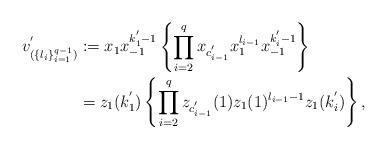
LaTeX: \begin{align*}\begin{aligned}v^{'}_{(\{l_i\}_{i=1}^{q-1})}&:=x_{1}x_{-1}^{k^{'}_1-1}\left\{\prod_{i=2}^{q}x_{c^{'}_{i-1}}x_{1}^{l_{i-1}}x_{-1}^{k^{'}_{i}-1}\right\}\\&=z_{1}(k^{'}_1)\left\{\prod_{i=2}^{q}z_{c^{'}_{i-1}}(1)z_{1}(1)^{l_{i-1}-1}z_{1}(k^{'}_{i})\right\},\end{aligned}\end{align*}